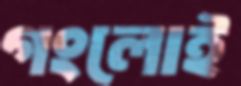
গংলোই